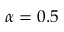
\alpha = 0 . 5